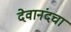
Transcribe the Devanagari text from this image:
देवानंदचा